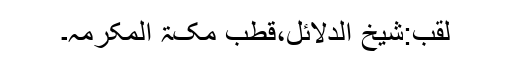
لقب:شیخ الدلائل،قطبِ مکۃ المکرمہ۔